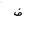
Letter: _fa